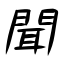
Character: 聞